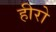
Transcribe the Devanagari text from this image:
हीरो